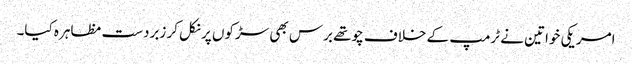
امریکی خواتین نے ٹرمپ کے خلاف چوتھے برس بھی سڑکوں پر نکل کر زبردست مظاہرہ کیا۔